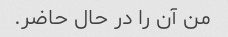
من آن را در حال حاضر.